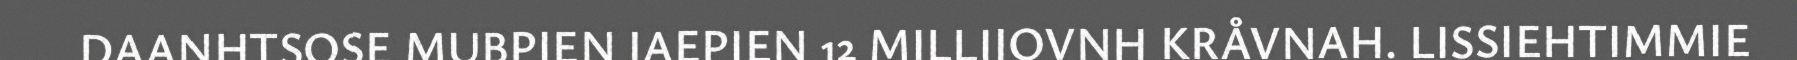
DAANHTSOSE MUBPIEN JAEPIEN 12 MILLIJOVNH KRÅVNAH. LISSIEHTIMMIE